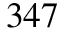
3 4 7